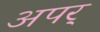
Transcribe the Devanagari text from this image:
अपर्